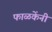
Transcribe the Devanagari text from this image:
फाळकेंनी